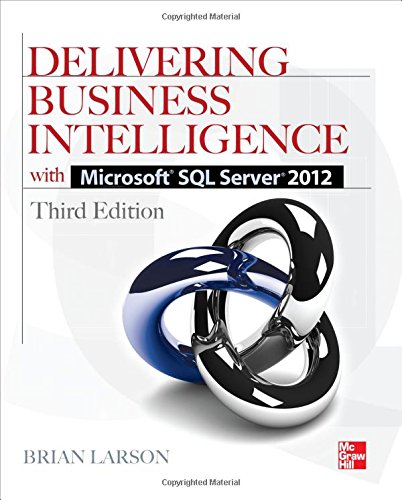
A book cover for Delivering Business Intelligence with Microsoft SQL Server 2012 3/E; Brian Larson; Computers & Technology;